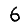
Digit: 6